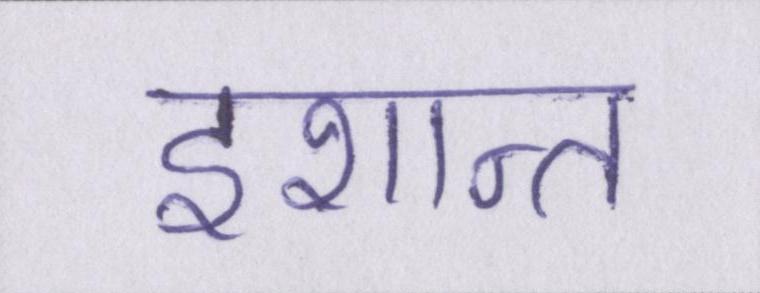
इशान्त